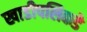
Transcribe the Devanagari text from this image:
खाडीपलिकडे